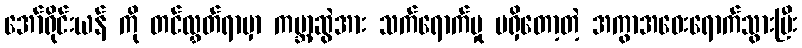
အော်ရိုင်းယန် ကို တင်လွှတ်ရာမှာ ကမ္ဘာ့ဆွဲအား သက်ရောက်မှု မရှိတော့တဲ့ အကွာအဝေးရောက်သွားပြီး